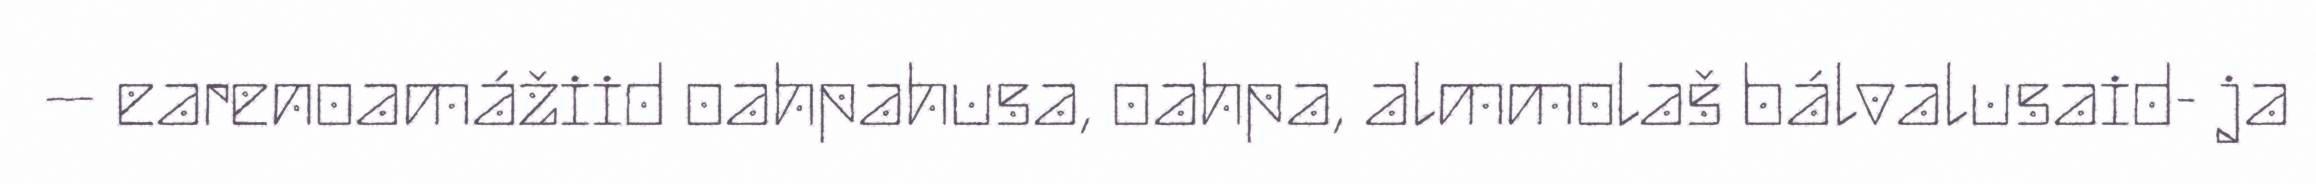
– earenoamážiid oahpahusa, oahpa, almmolaš bálvalusaid- ja